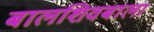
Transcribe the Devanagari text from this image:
बालशिवबाला